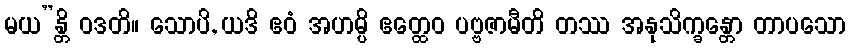
မယ”န္တိ ဝဒတိ။ သောပိ, ယဒိ ဧဝံ အဟမ္ပိ ဧတ္ထေဝ ပဗ္ဗဇာမီတိ တဿ အနုသိက္ခန္တော တာပသော